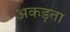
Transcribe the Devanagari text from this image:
अकड़ता